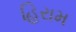
હિરામ